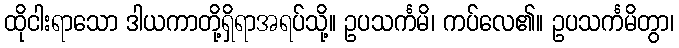
ထိုငါးရာသော ဒါယကာတို့ရှိရာအရပ်သို့။ ဥပသင်္ကမိ၊ ကပ်လေ၏။ ဥပသင်္ကမိတွာ၊